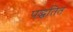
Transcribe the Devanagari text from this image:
पद्धतित